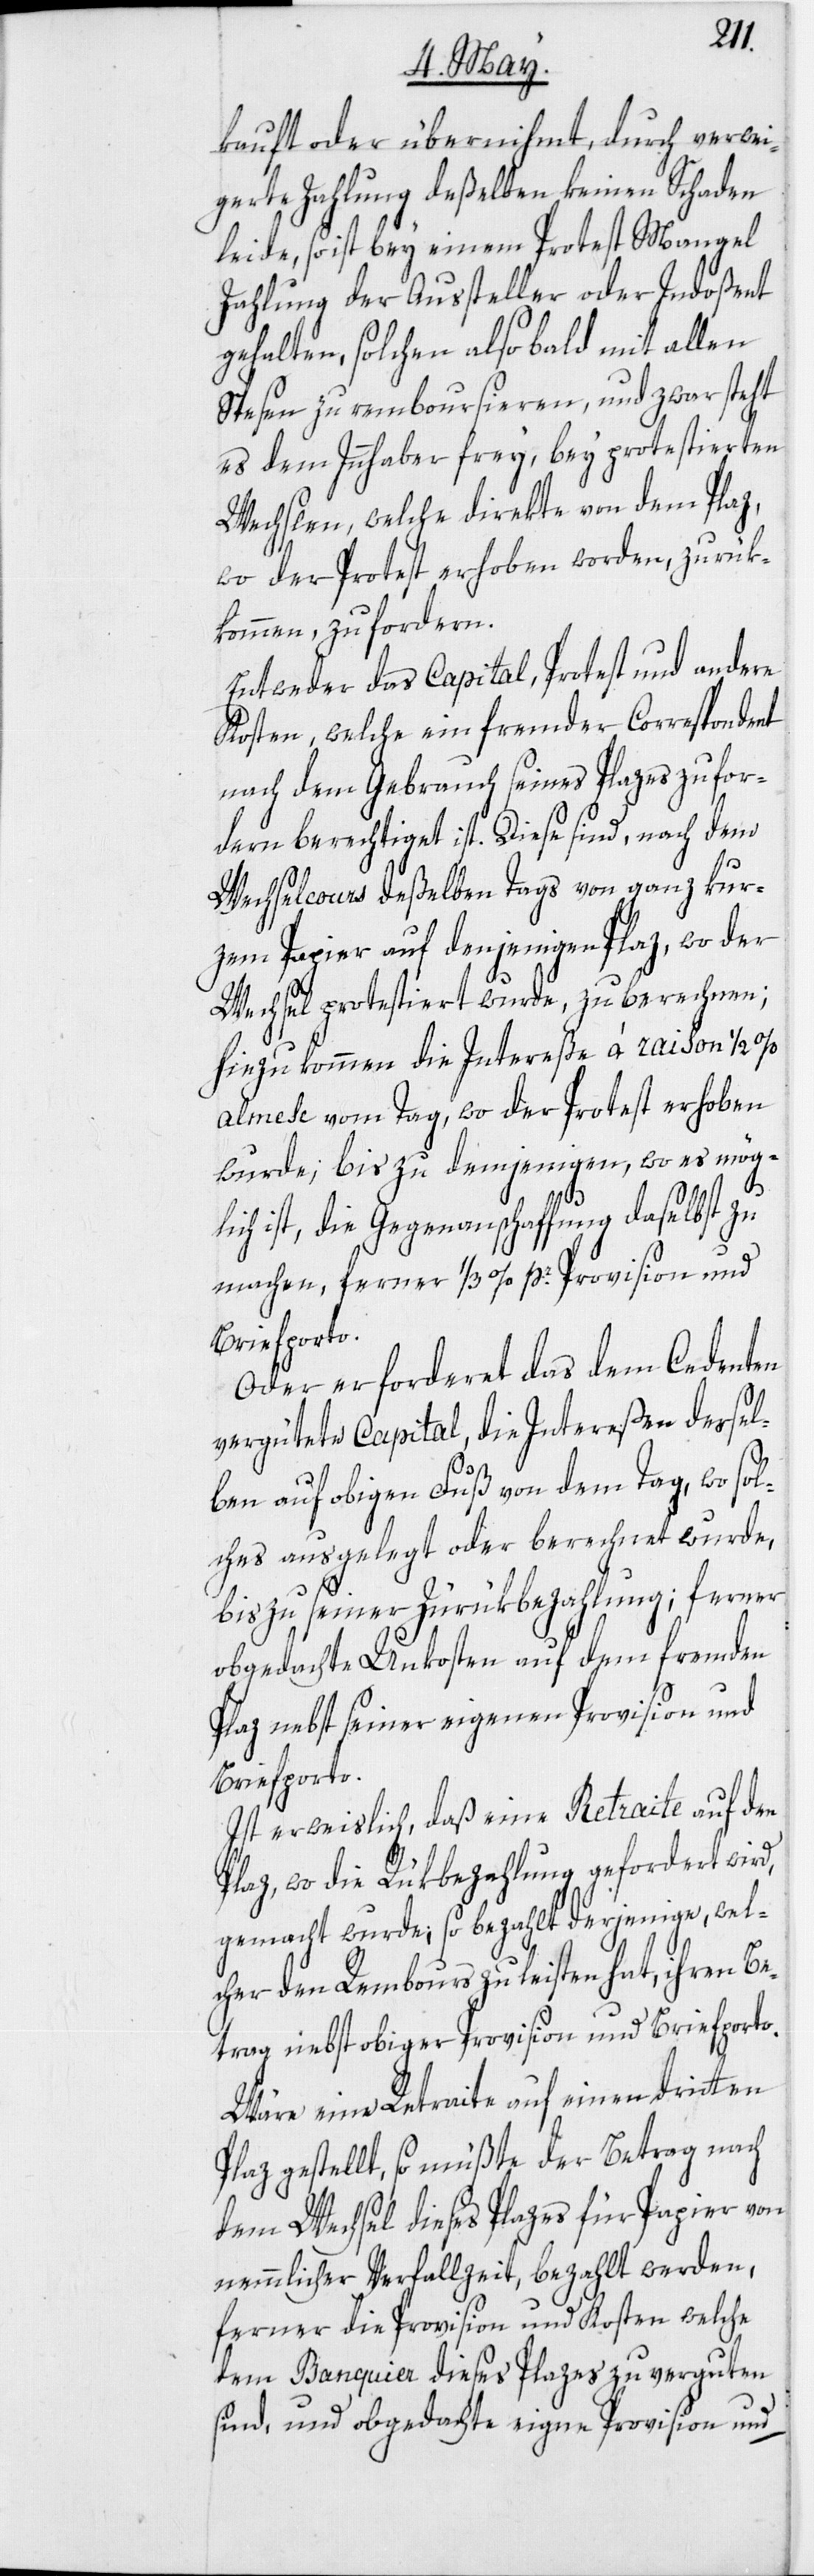
kauft oder übernihmt, durch verwei¬
gerte Zahlung deßelben keinen Schaden
leide, so ist bey einem Protest Mangel
Zahlung der Aussteller oder Indoßent
gehalten, solchen also bald mit allen
Spesen zu remboursieren, und zwar steht
es dem Innhaber frey, bey protestierten
Wechslen, welche direkte von dem Plaz,
wo der Protest erhoben worden, zurük¬
kommen, zu fordern.
Entweder das Capital, Protest und andere
Kosten, welche ein fremder Correspondent
nach dem Gebrauch seines Plazes zu for¬
dern berechtiget ist. Diese sind, nach dem
Wechselcours deßelben Tags von ganz kur¬
zem Papier auf denjenigen Plaz, wo der
Wechsel protestiert wurde, zu berechnen;
hiezu kommen die Intereße à raison 1/2 %
almese vom Tag, wo der Protest erhoben
wurde; bis zu demjenigen, wo es mög¬
lich ist, die Gegenanschaffung daselbst zu
machen, ferner 1/3 % pr. Provision und
Briefporto.
Oder erforderet das dem Cedenten
vergütete Capital, die Intereßen dessel¬
ben auf obigen Fuß von dem Tag, wo sol¬
ches ausgelegt oder berechnet wurde,
bis zu seiner Zurükbezahlung; ferner
obgedachte Unkosten auf dem fremden
Plaz nebst seiner eigenen Provision und
Briefporto.
Ist erweislich, daß eine Retraite auf den
Plaz, wo die Rükbezahlung gefordert wird,
gemacht wurde, so bezahlt derjenige, wel¬
cher den Rembours zu leisten hat, ihren B¬
etrag nebst obiger Provision und Briefporto.
Wäre eine Retraite auf einen dritten
Plaz gestellt, so müßte der Betrag nach
dem Wechsel dieses Plazes für Papier von
nemmlicher Verfallzeit, bezahlt werden,
ferner die Provision und Kosten welche
dem Banquier dieses Plazes zu verguten
sind, und obgedachte eigne Provision und